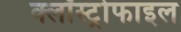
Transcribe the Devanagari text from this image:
क्लॉस्ट्रोफाइल